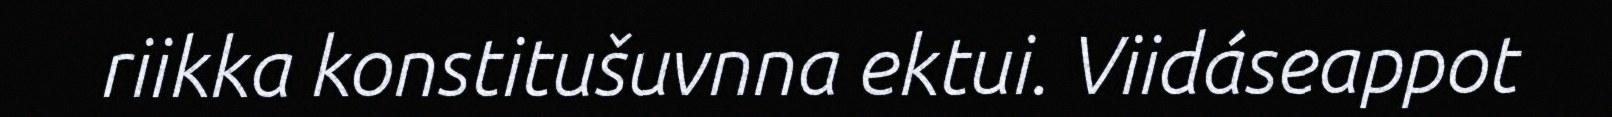
riikka konstitušuvnna ektui. Viidáseappot